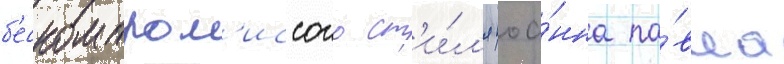
б'ескомпром'иссого ст'и́л'я иоа́нна па́вла